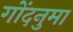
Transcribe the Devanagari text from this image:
गोंदनुमा